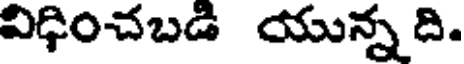
విధించబడి యున్న ది.